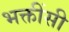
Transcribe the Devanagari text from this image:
भक्तींसी